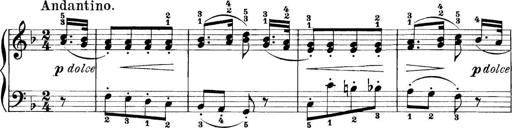
Title: 11 Sonatinas
Composer: Anton Diabelli